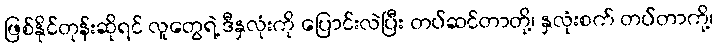
ဖြစ်နိုင်တုန်းဆိုရင် လူတွေရဲ့ ဒီနှလုံးကို ပြောင်းလဲပြီး တပ်ဆင်တာတို့၊ နှလုံးစက် တပ်တာကို့၊